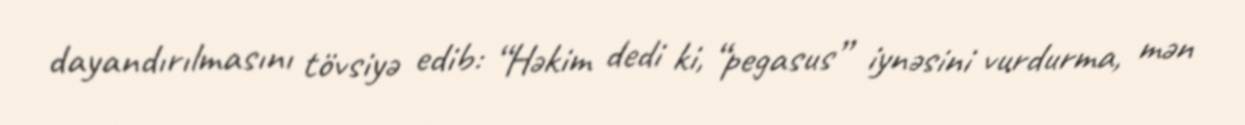
dayandırılmasını tövsiyə edib: “Həkim dedi ki, “pegasus” iynəsini vurdurma, mən